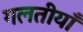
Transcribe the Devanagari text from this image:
गलतीयाँ